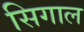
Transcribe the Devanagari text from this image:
सिगाल